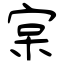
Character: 宲